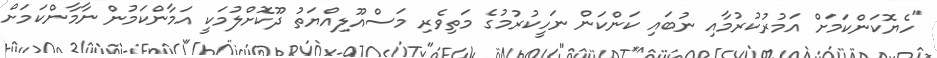
"ހެޔޮކަންކަމަށް އަމުރުކުރުމާއި ނުބައި ކަންކަން ނަހީކުރުމުގެ މަތިވެރި މަސްއޫލިއްޔަތު ދޫކޮށްލުމަކީ އަމާންކަމުން ނާމާންކަމަށް